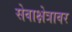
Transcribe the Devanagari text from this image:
सेवाक्षेत्रावर